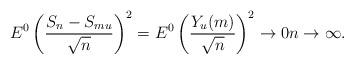
LaTeX: \begin{align*}E^{0}\left( \frac{S_{n}-S_{mu}}{\sqrt{n}}\right) ^{2}=E^{0}\left(\frac{Y_{u}(m)}{\sqrt{n}}\right) ^{2}\rightarrow0n\rightarrow\infty. \end{align*}